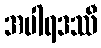
အပါရဒဿီ